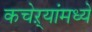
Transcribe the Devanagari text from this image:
कचेऱ्यांमध्ये